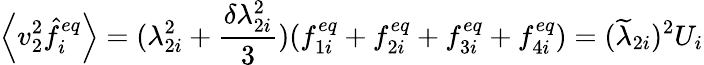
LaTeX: \left\langle v_{2}^{2}\hat{f}_{i}^{eq}\right\rangle=(\lambda_{2i}^{2}+\frac{\delta\lambda_{2i}^{2}}{3})(f_{1i}^{eq}+f_{2i}^{eq}+f_{3i}^{eq}+f_{4i}^{eq})=(\widetilde{\lambda}_{2i})^{2}U_{i}